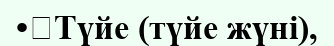
•	Түйе (түйе жүні),